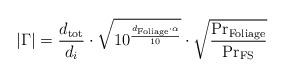
LaTeX: \begin{align*}|\Gamma|=\frac{d_{\mathrm{tot}}}{d_{i}} \cdot \sqrt{10^{\frac{d_{\mathrm{Foliage}} \cdot \alpha}{10}}} \cdot \sqrt{\frac{\mathrm{Pr_{Foliage}}}{\mathrm{Pr_{FS}}}}\end{align*}